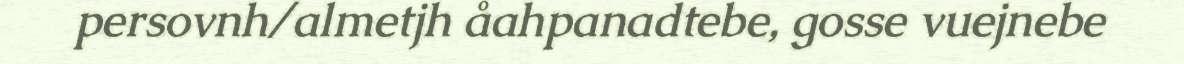
persovnh/almetjh åahpanadtebe, gosse vuejnebe